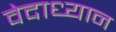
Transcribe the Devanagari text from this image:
वेदाध्यान